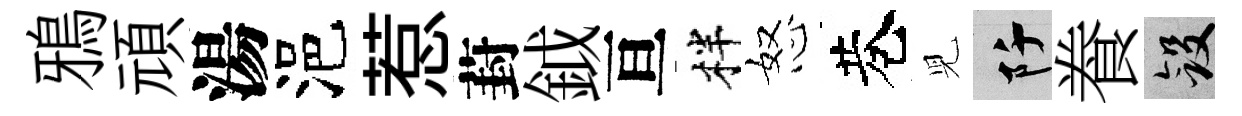
鴉頑湯浥惹葑鉞亘柈怒巷児阡飬斂